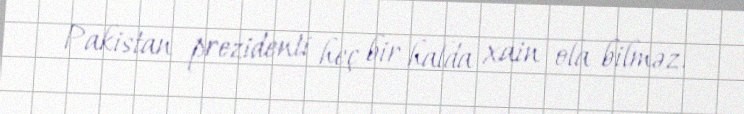
Pakistan prezidenti heç bir halda xain ola bilməz.